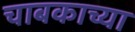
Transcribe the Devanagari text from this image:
चाबकाच्या